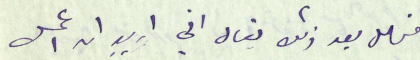
فهل بعد ذلك ليقال اني اربد ان اعمل